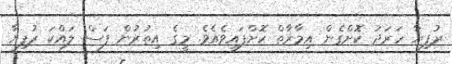
ރުފިޔާ ހަރަދު ކޮށްގެން އިމާރާތް ކޮށްފައިވެއެވެ. މީގެ އިތުރުން ފަސް ލައްކަ ރުފިޔާ